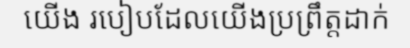
យើង របៀបដែលយើងប្រព្រឹត្តដាក់